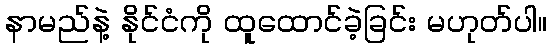
နာမည်နဲ့ နိုင်ငံကို ထူထောင်ခဲ့ခြင်း မဟုတ်ပါ။